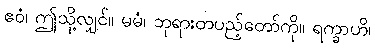
ဧဝံ၊ ဤသို့လျှင်။ မမံ၊ ဘုရားတပည့်တော်ကို။ ရက္ခာဟိ၊